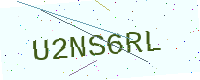
Text: U2NS6RL